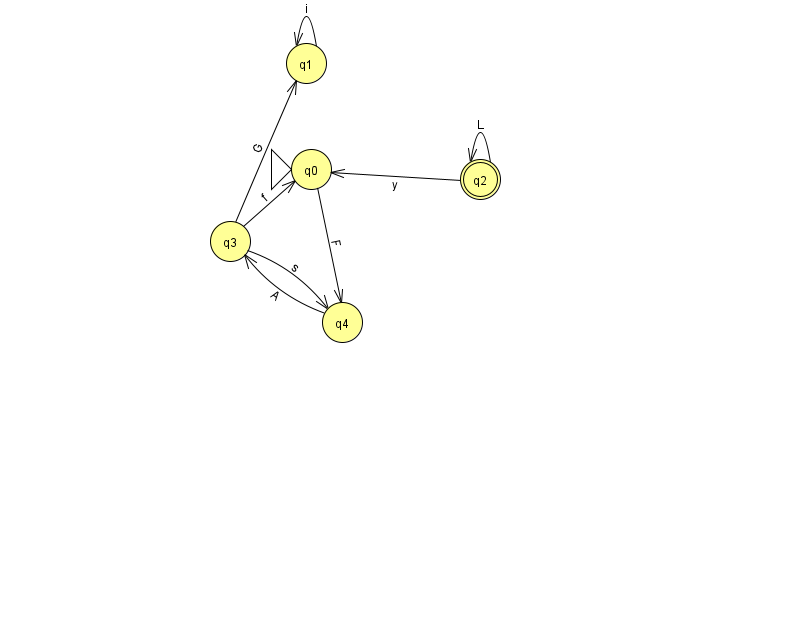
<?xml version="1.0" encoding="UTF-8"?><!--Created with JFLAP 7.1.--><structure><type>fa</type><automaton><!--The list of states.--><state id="0" name="q0"><x>311.0</x><y>156.0</y><initial/></state><state id="1" name="q1"><x>306.0</x><y>50.0</y></state><state id="2" name="q2"><x>480.0</x><y>166.0</y><final/></state><state id="3" name="q3"><x>230.0</x><y>228.0</y></state><state id="4" name="q4"><x>342.0</x><y>309.0</y></state><!--The list of transitions.--><transition><from>0</from><to>4</to><read>F</read></transition><transition><from>3</from><to>1</to><read>G</read></transition><transition><from>1</from><to>1</to><read>i</read></transition><transition><from>2</from><to>2</to><read>L</read></transition><transition><from>3</from><to>0</to><read>f</read></transition><transition><from>3</from><to>4</to><read>s</read></transition><transition><from>4</from><to>3</to><read>A</read></transition><transition><from>2</from><to>0</to><read>y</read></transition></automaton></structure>